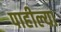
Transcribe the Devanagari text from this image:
पाहील्या